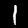
Label: 1